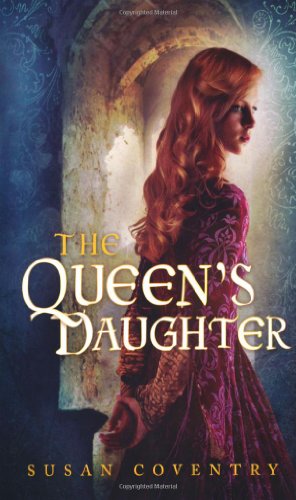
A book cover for The Queen's Daughter; Susan Coventry; Teen & Young Adult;